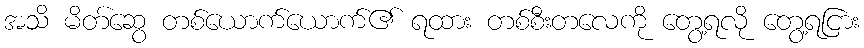
အသိ မိတ်ဆွေ တစ်ယောက်ယောက်၏ ရထား တစ်စီးတလေကို တွေ့ရလို တွေ့ရငြား